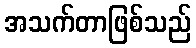
အသက်တာဖြစ်သည်